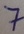
Text: 7